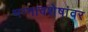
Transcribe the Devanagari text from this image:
भग्नावशेषांवर